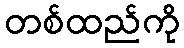
တစ်ထည်ကို